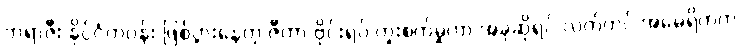
ဘရာဇီး နိုင်ငံတဝန်း ဖြစ်ပွားနေတဲ့ ဇီကာ ဗိုင်းရပ် ကူးစက်မှုဟာ အခုဆိုရင် လက်တင် အမေရိကက